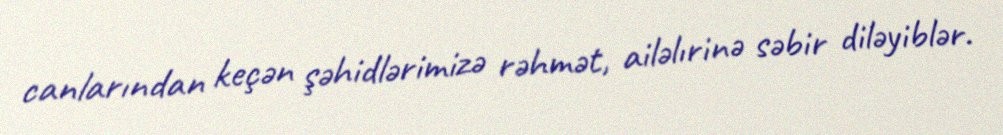
canlarından keçən şəhidlərimizə rəhmət, ailəlırinə səbir diləyiblər.